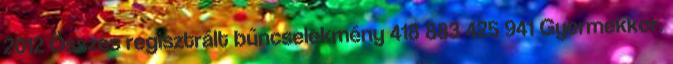
2012 Összes regisztrált bűncselekmény 418 883 425 941 Gyermekkor.